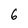
Character: 6